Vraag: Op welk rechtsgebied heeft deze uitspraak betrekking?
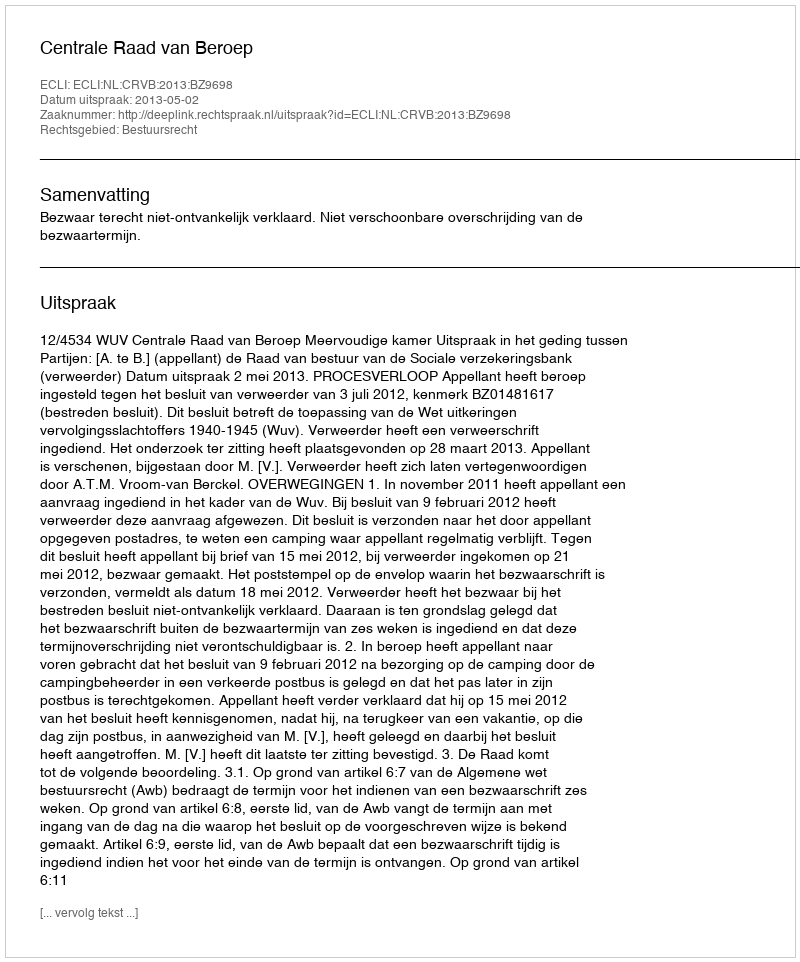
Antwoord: Bestuursrecht